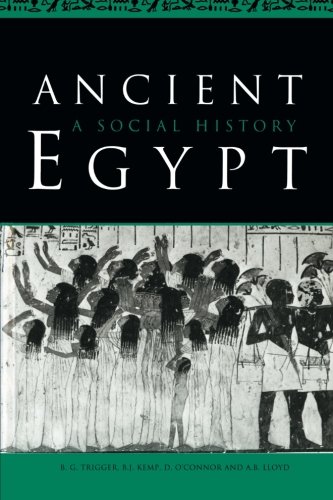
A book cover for Ancient Egypt: A Social History; B. G. Trigger; History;